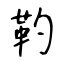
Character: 靮